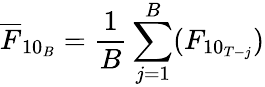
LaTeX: \overline{{F}}_{10_{B}}=\frac{1}{B}\sum_{j=1}^{B}(F_{10_{T-j}})